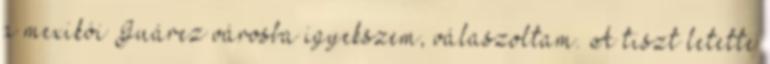
a mexikói Juárez városba igyekszem, válaszoltam. A tiszt letette